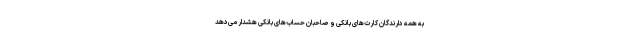
به همه دارندگان کارت‌های بانکی و صاحبان حساب‌های بانکی هشدار می‌دهد